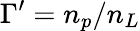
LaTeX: \Gamma^{\prime}=n_{p}/n_{L}